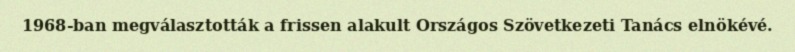
1968-ban megválasztották a frissen alakult Országos Szövetkezeti Tanács elnökévé.